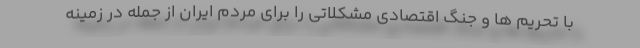
با تحریم ها و جنگ اقتصادی مشکلاتی را برای مردم ایران از جمله در زمینه